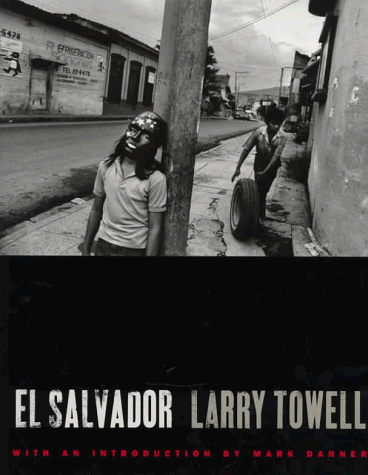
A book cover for El Salvador (DoubleTake Book); Larry Towell; Travel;